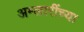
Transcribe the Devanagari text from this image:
अम्लारींच्या